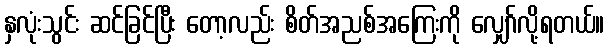
နှလုံးသွင်း ဆင်ခြင်ပြီး တော့လည်း စိတ်အညစ်အကြေးကို လျှော်လို့ရတယ်။